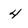
Character: 4